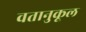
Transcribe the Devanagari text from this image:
वतानुकूल